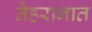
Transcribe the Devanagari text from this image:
तेहरानात